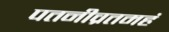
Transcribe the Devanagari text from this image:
पतनीव्रतमहं